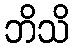
ဘိသိ